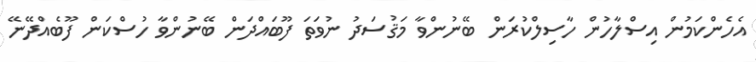
އެހެންކަމުން އިސްލާހުން ހާސިލްކުރަން ބޭނުންވާ މަޤުސަދު ނުވަތަ ފޫބައްދަން ބޭނުންވާ ހުސްކަން ފޫބެއްދޭނޭ